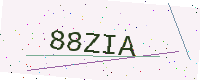
Text: 88ZIA